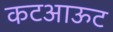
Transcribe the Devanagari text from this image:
कटआऊट